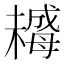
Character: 𣚺